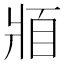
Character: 𰠓